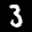
Label: 3